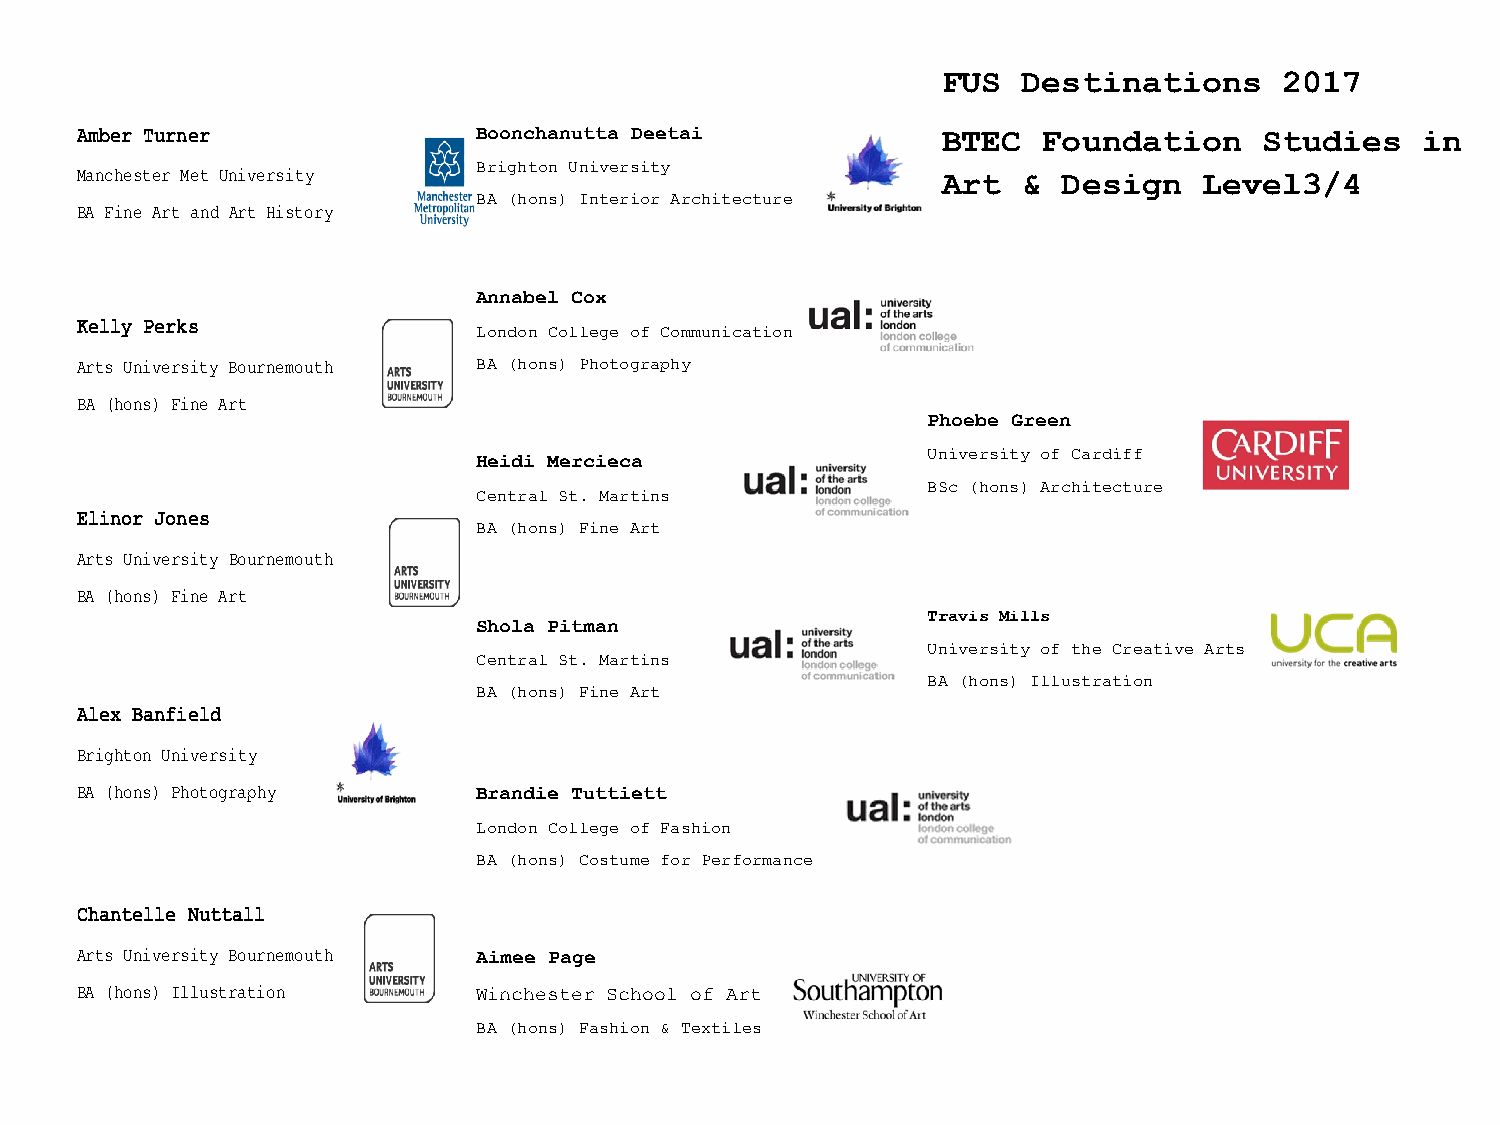
FUS   Destinations     2017
 Amber Turner               Boonchanutta Deetai
 BTEC   Foundation     Studies   in
 Brighton University
 Manchester Met University
 Art   & Design    Level3/4
 BA (hons) Interior Architecture
 BA Fine Art and Art History
 Annabel Cox
 Kelly Perks                London College of Communication
 Arts University Bournemouth BA (hons) Photography
 BA (hons) Fine Art
 Phoebe Green
 University of Cardiff
 Heidi Mercieca
 BSc (hons) Architecture
 Central St. Martins
 Elinor Jones
 BA (hons) Fine Art
 Arts University Bournemouth
 BA (hons) Fine Art
 Travis Mills
 Shola Pitman
 University of the Creative Arts
 Central St. Martins
 BA (hons) Illustration
 BA (hons) Fine Art
 Alex Banfield
 Brighton University
 BA (hons) Photography      Brandie Tuttiett
 London College of Fashion
 BA (hons) Costume for Performance
 Chantelle Nuttall
 Arts University Bournemouth Aimee Page
 BA (hons) Illustration     Winchester School of Art
 BA (hons) Fashion & Textiles